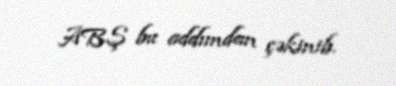
ABŞ bu addımdan çəkinib.